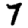
Digit: 7